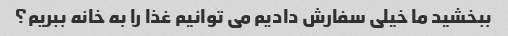
ببخشید ما خیلی سفارش دادیم می توانیم غذا را به خانه ببریم؟